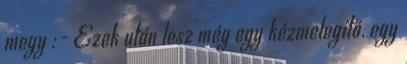
megy :- Ezek után lesz még egy kézmelegítő, egy